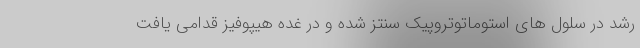
رشد در سلول های استوماتوتروپیک سنتز شده و در غده هیپوفیز قدامی یافت